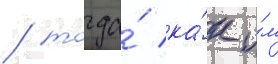
/ тогда́ ка́к и́м